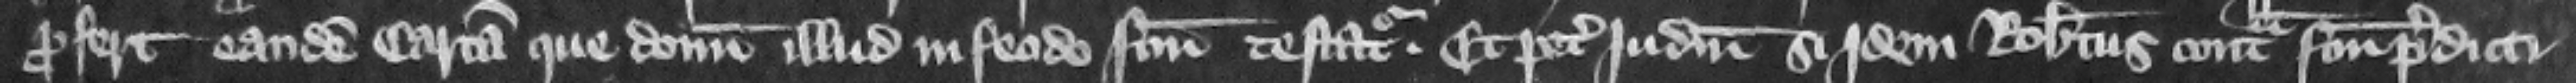
profert eandem cartam que donum illud in feodo factum testatur. Et petit judicium si jdem Robertus contra factum predicti